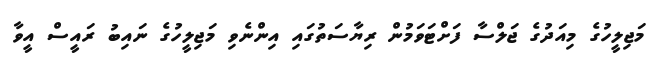
މަޖިލީހުގެ މިއަދުގެ ޖަލްސާ ފަށްޓަވަމުން ރިޔާސަތުގައި އިންނެވި މަޖިލީހުގެ ނައިބު ރައީސް އީވާ